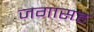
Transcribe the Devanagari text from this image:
जगासह